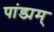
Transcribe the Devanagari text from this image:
पांड्यम्